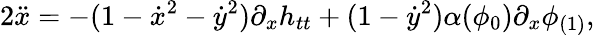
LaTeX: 2\ddot{x}=-(1-\dot{x}^{2}-\dot{y}^{2})\partial_{x}h_{tt}+(1-\dot{y}^{2})\alpha(\phi_{0})\partial_{x}\phi_{(1)},